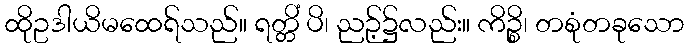
ထိုဥဒါယိမထေရ်သည်။ ရတ္တိံ ပိ၊ ညဉ့်၌လည်း။ ကိဉ္စိ၊ တစုံတခုသော